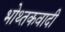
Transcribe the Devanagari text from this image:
भोथ्तकवादी